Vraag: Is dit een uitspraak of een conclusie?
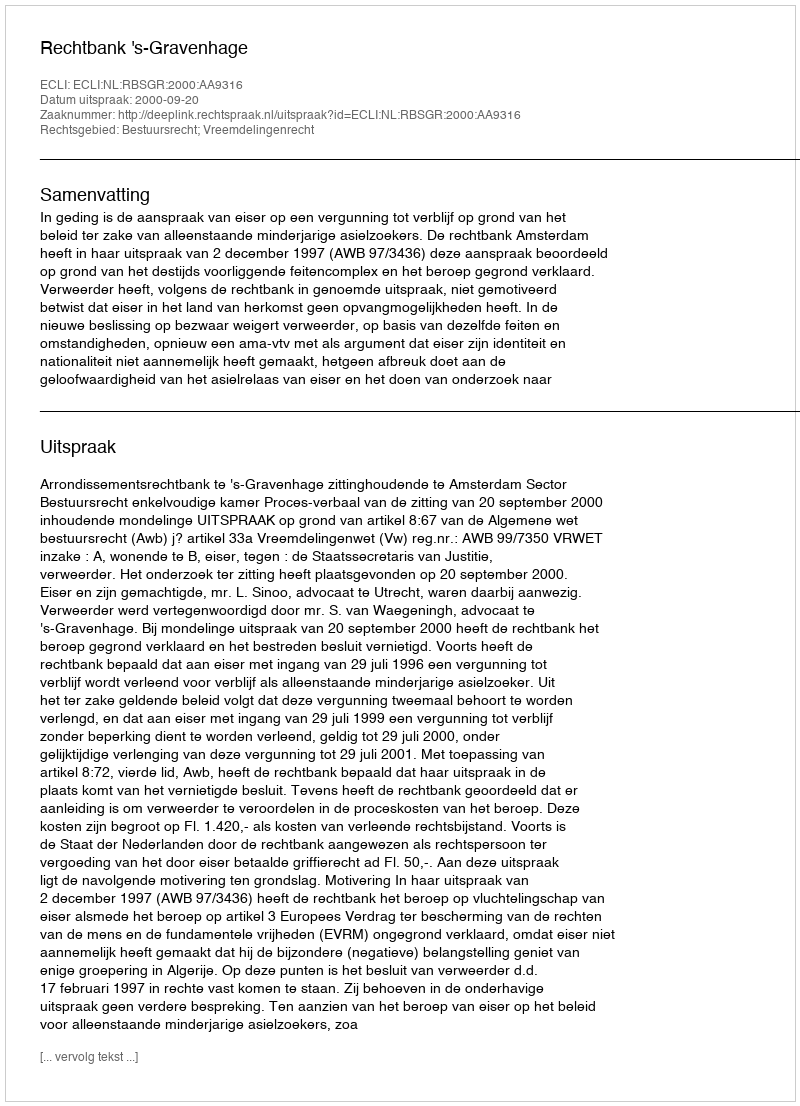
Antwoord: Uitspraak